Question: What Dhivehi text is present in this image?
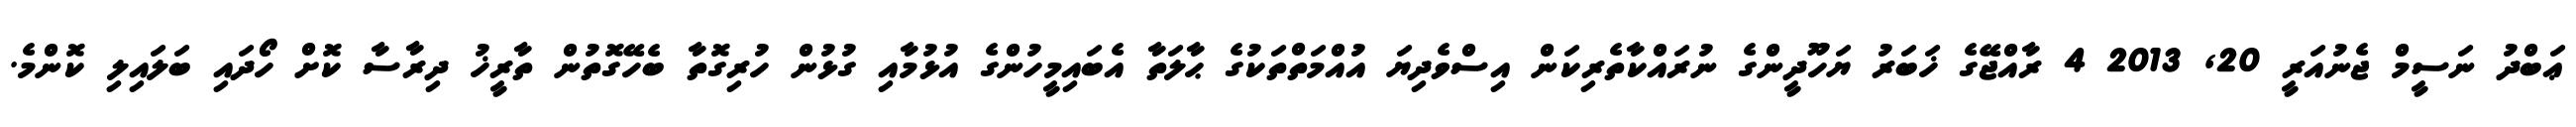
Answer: ޢަބްދު ނަސީމް ޖެނުއަރީ 20, 2013 4 ރާއްޖޭގެ ޚަބަރު ޔަހޫދީންގެ ނުރައްކާތެރިކަން އިސްވެދިޔަ އުއްމަތްތަކުގެ ޙާލަތާ އެބައިމީހުންގެ އުޅުމާއި ގުޅުން ހުރިގޮތާ ބެހޭގޮތުން ތާރީޚު ދިރާސާ ކޮށް ހޯދައި ބަލައިލި ކޮންމެ.